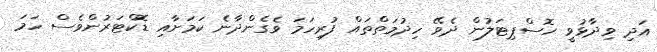
އަދި ވިދާޅުވީ ހޮސްޕިޓަލުން ދެވޭ ހިދުމަތްތައް ފުރިހަމަ ވެގެންދާނެ ކަމަށާއި ޑޮކްޓަރުންވެސް ހަމަ